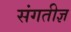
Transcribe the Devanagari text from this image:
संगतीज्ञ